Tezpur Lunatic Asylum reports 1895-1904 - 1895-1904
Year: 1895
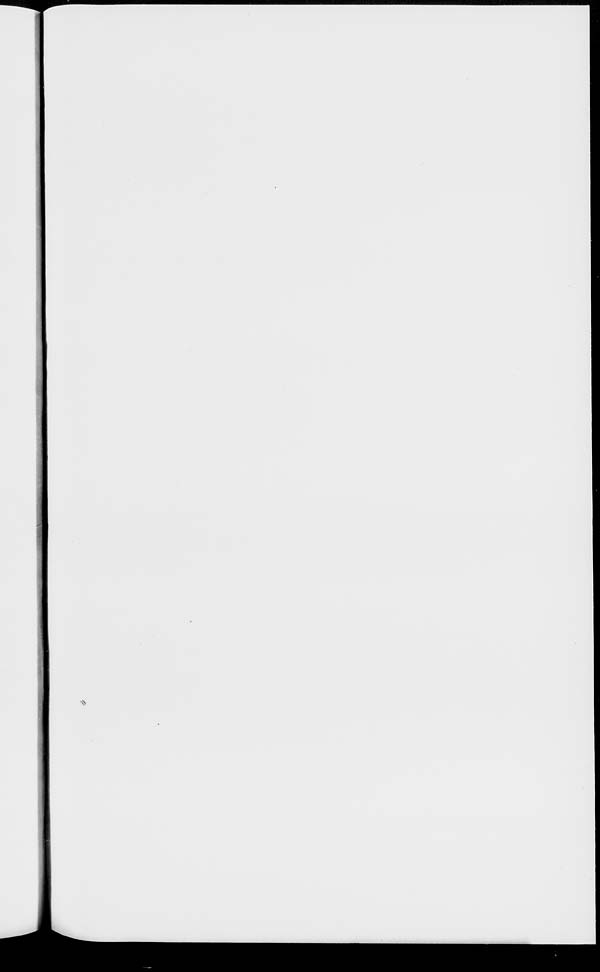
s&